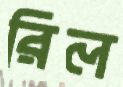
রিল